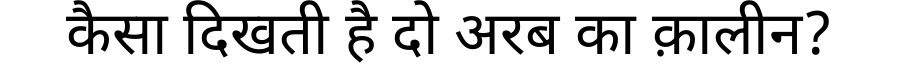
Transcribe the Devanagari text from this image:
कैसा दिखती है दो अरब का क़ालीन?